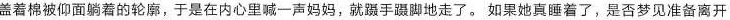
盖着棉被仰面躺着的轮廓，于是在内心里喊一声妈妈，就蹑手蹑脚地走了。如果她真睡着了，是否梦见准备离开